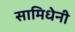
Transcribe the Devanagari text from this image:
सामिधेनी